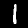
Label: 1